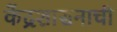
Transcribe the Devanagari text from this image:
केंद्रशासनाची